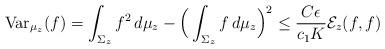
LaTeX: \begin{align*} \mbox{Var}_{\mu_z}(f) = \int_{\Sigma_z} f^2\,d\mu_z - \Big(\int_{\Sigma_z} f\,d\mu_z\Big)^2 \le \frac{C\epsilon}{c_1 K} \mathcal{E}_z(f,f) \end{align*}